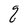
Character: q